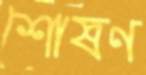
শোষণ